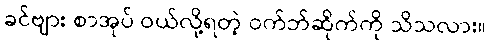
ခင်ဗျား စာအုပ် ဝယ်လို့ရတဲ့ ဝက်ဘ်ဆိုက်ကို သိသလား။